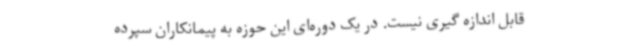
قابل اندازه گیری نیست. در یک دوره‌ای این حوزه به پیمانکاران سپرده